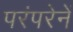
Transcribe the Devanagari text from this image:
परंपरेनें